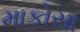
માકોસા